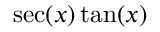
\sec ( x ) \tan ( x )